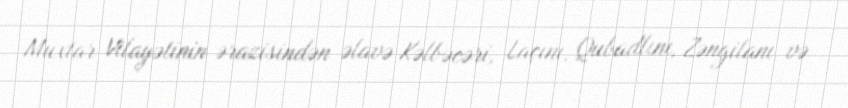
Muxtar Vilayətinin ərazisindən əlavə Kəlbəcəri, Laçını, Qubadlını, Zəngilanı və